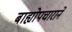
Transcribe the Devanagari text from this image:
बाह्योपचाराने